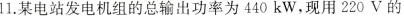
11.某电站发电机组的总输出功率为440kW，现用220V的